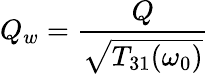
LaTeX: Q_{w}={\frac{Q}{\sqrt{T_{31}(\omega_{0})}}}